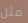
مثل